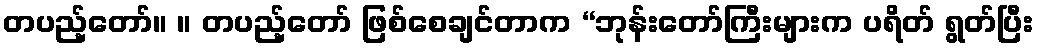
တပည့်တော်။ ။ တပည့်တော် ဖြစ်စေချင်တာက “ဘုန်းတော်ကြီးများက ပရိတ် ရွတ်ပြီး